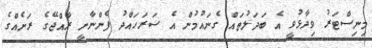
މިނިސްޓަރު ވިދާޅުވީ އެ ބަދަލުތައް ގެނައުމުން އެ ސަރަހައްދު ފެންނާނީ ރާއްޖޭގެ ރަށެއްގެ